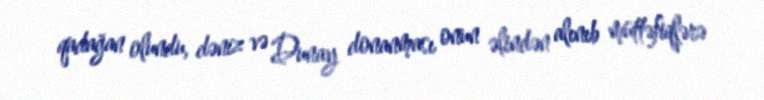
qadağan olundu, dəniz və Dunay donanması onun əlindən alınıb müttəfiqlərə